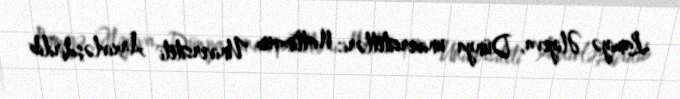
Lamiyə Əliyeva, Dünya universitetləri: Nottinqem Universiteti Arxivləşdirilib